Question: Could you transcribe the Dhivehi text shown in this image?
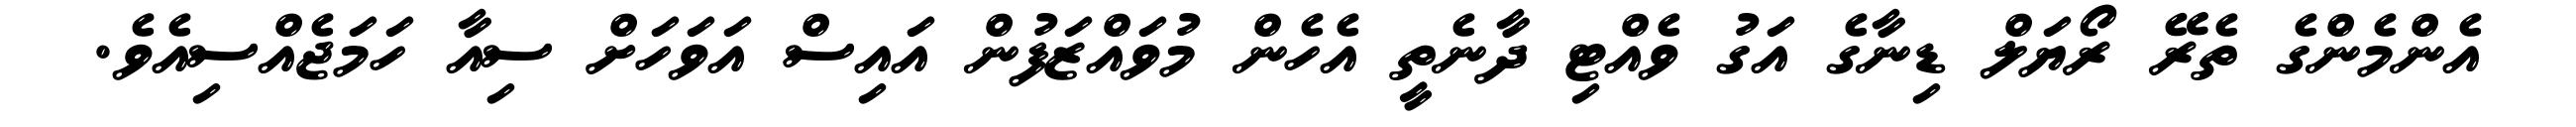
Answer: އެންމެންގެ ތެރޭ ރޯޔަލް ޑިނާގެ އަގު ވެއްޓި ދާނެތީ އެހެން މުވައްޒަފުން އައިސް އަވަހަށް ސިއާ ހަމަޖެއްސިއެވެ.